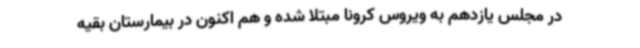
در مجلس یازدهم به ویروس کرونا مبتلا شده و هم اکنون در بیمارستان بقیه